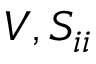
V , S _ { i i }